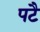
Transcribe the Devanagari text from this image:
पटै